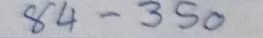
84 - 350